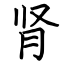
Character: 肾